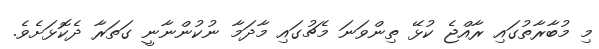
މި މުބާރާތުގައި ރާއްޖެ ކުޅޭ ތިންވަނަ މެޗުގައި މާދަމާ ނުކުންނާނީ ގަތަރާ ދެކޮޅަށެވެ.